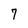
Character: 7